Reports on military cantonments and civil stations in the Presidency of Bombay inspected by the Sanitary Commissioner in the years 1875 and 1876
Year: 1875
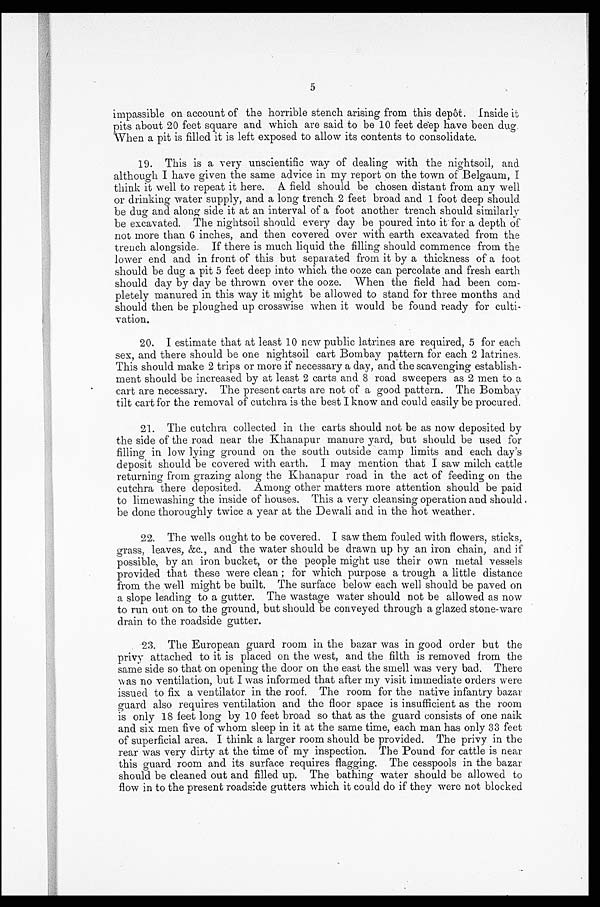
5
impassible on account of the horrible stench arising from this depot. Inside it
pits about 20 feet square and which are said to be 10 feet deep have been dug
When a pit is filled it is left exposed to allow its contents to consolidate.
19. This is a very unscientific way of dealing with the nightsoil, and
although I have given the same advice in my report on the town of Belgaum, I
think it well to repeat it here. A field should be chosen distant from any well
or drinking water supply, and a long trench 2 feet broad and 1 foot deep should
be dug and along side it at an interval of a foot another trench should similarly
be excavated. The nightsoil should every day be poured into it for a depth of
not more than 6 inches, and then covered over with earth excavated from the
trench alongside. If there is much liquid the filling should commence from the
lower end and in front of this but separated from it by a thickness of a foot
should be dug a pit 5 feet deep into which the ooze can percolate and fresh earth
should day by day be thrown over the ooze. When the field had been com-
pletely manured in this way it might be allowed to stand for three months and
should then be ploughed up crosswise when it would be found ready for culti-
vation.
20. I estimate that at least 10 new public latrines are required, 5 for each
sex, and there should be one nightsoil cart Bombay pattern for each 2 latrines.
This should make 2 trips or more if necessary a day, and the scavenging establish-
ment should be increased by at least 2 carts and 8 road sweepers as 2 men to a
cart are necessary. The present carts are not of a good pattern. The Bombay
tilt cart for the removal of cutchra is the best I know and could easily be procured.
21. The cutchra collected in the carts should not be as now deposited by
the side of the road near the Khanapur manure yard, but should be used for
filling in low lying ground on the south outside camp limits and each day's
deposit should be covered with earth. I may mention that I saw milch cattle
returning from grazing along the Khanapur road in the act of feeding on the
cutchra there deposited. Among other matters more attention should be paid
to limewashing the inside of houses. This a very cleansing operation and should ,
be done thoroughly twice a year at the Dewali and in the hot weather.
22. The wells ought to be covered. I saw them fouled with flowers, sticks,
grass, leaves, &c., and the water should be drawn up by an iron chain, and if
possible, by an iron bucket, or the people might use their own metal vessels
provided that these were clean; for which purpose a trough a little distance
from the well might be built. The surface below each well should be paved on
a slope leading to a gutter. The wastage water should not be allowed as now
to run out on to the ground, but should be conveyed through a glazed stone-ware
drain to the roadside gutter.
23. The European guard room in the bazar was in good order but the
privy attached to it is placed on the west, and the filth is removed from the
same side so that on opening the door on the east the smell was very bad. There
was no ventilation, but I was informed that after my visit immediate orders were
issued to fix a ventilator in the roof. The room for the native infantry bazar
guard also requires ventilation and the floor space is insufficient as the room
is only 18 feet long by 10 feet broad so that as the guard consists of one naik
and six men five of whom sleep in it at the same time, each man has only 33 feet
of superficial area. I think a larger room should be provided. The privy in the
rear was very dirty at the time of my inspection. The Pound for cattle is near
this guard room and its surface requires flagging. The cesspools in the bazar
should be cleaned out and filled up. The bathing water should be allowed to
flow in to the present roadside gutters which it could do if they were not blocked